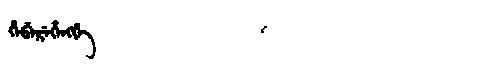
Manchu: ᡥᡝᠪᡝᡵᡝᡥᡝᠩᡤᡝ
Romanization: HEBEREHENGGE